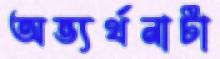
অভ্যর্থনাটা